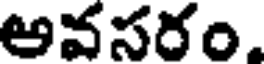
అవసరం.